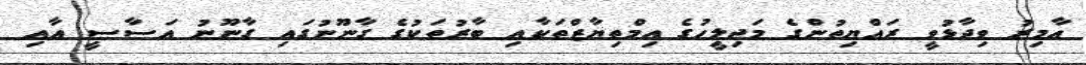
އާމިރު ވިދާޅުވީ ރައްޔިތުންގެ މަޖިލީހުގެ އިމްތިޔާޒްތަކާއި ބާރުތަކުގެ ގާނޫނުގައި ގާނޫނު އަސާސީ އާއި